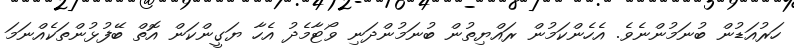
ހަރުއަޑުން ބުނަމުންނެވެ. އެހެންކަމުން ރައްޔިތުން ބުނަމުންދަނި ވޯޓާމެދު އެހާ ޔަގީންކަން އޮތް ބޭފުޅުންތަކެއްނަމަ